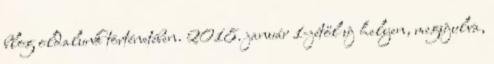
blog oldalunk történetében. 2018. január 1-jétől új helyen, megújulva,